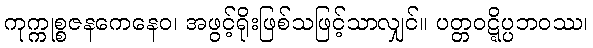
ကုက္ကုစ္စဇနကေနေဝ၊ အဖွင့်ရိုးဖြစ်သဖြင့်သာလျှင်။ ပတ္တဝဋ္ဋိပ္ပဘဝဿ၊